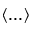
\langle . . . \rangle